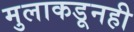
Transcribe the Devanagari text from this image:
मुलाकडूनही